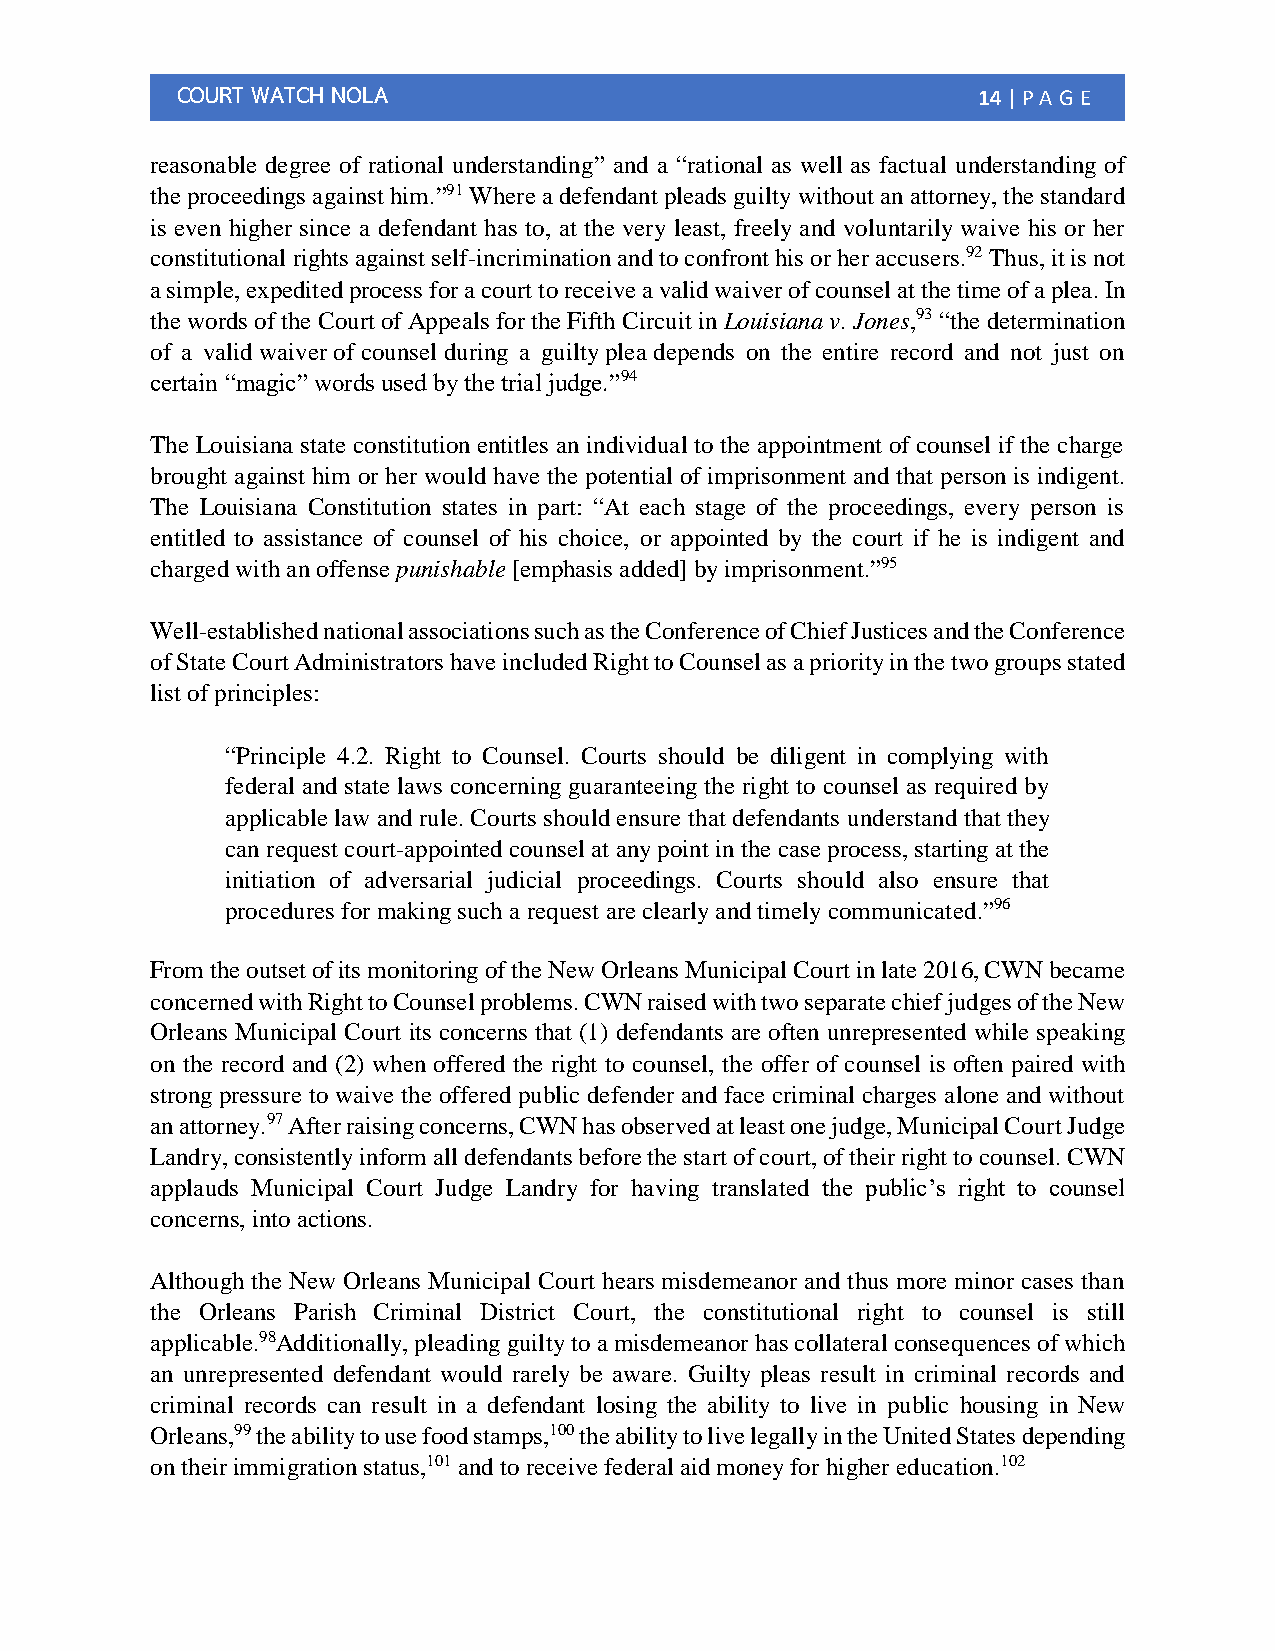
COURT WATCH NOLA                                     14 | PA G E
 reasonable degree of rational understanding” and a “rational as well as factual understanding of
 the proceedings against him.”91 Where a defendant pleads guilty without an attorney, the standard
 is even higher since a defendant has to, at the very least, freely and voluntarily waive his or her
 constitutional rights against self-incrimination and to confront his or her accusers.92 Thus, it is not
 a simple, expedited process for a court to receive a valid waiver of counsel at the time of a plea. In
 the words of the Court of Appeals for the Fifth Circuit in Louisiana v. Jones,93 “the determination
 of a valid waiver of counsel during a guilty plea depends on the entire record and not just on
 certain “magic” words used by the trial judge.”94
 The Louisiana state constitution entitles an individual to the appointment of counsel if the charge
 brought against him or her would have the potential of imprisonment and that person is indigent.
 The Louisiana Constitution states in part: “At each stage of the proceedings, every person is
 entitled to assistance of counsel of his choice, or appointed by the court if he is indigent and
 charged with an offense punishable [emphasis added] by imprisonment.”95
 Well-established national associations such as the Conference of Chief Justices and the Conference
 of State Court Administrators have included Right to Counsel as a priority in the two groups stated
 list of principles:
 “Principle 4.2. Right to Counsel. Courts should be diligent in complying with
 federal and state laws concerning guaranteeing the right to counsel as required by
 applicable law and rule. Courts should ensure that defendants understand that they
 can request court-appointed counsel at any point in the case process, starting at the
 initiation of adversarial judicial proceedings. Courts should also ensure that
 procedures for making such a request are clearly and timely communicated.”96
 From the outset of its monitoring of the New Orleans Municipal Court in late 2016, CWN became
 concerned with Right to Counsel problems. CWN raised with two separate chief judges of the New
 Orleans Municipal Court its concerns that (1) defendants are often unrepresented while speaking
 on the record and (2) when offered the right to counsel, the offer of counsel is often paired with
 strong pressure to waive the offered public defender and face criminal charges alone and without
 an attorney.97 After raising concerns, CWN has observed at least one judge, Municipal Court Judge
 Landry, consistently inform all defendants before the start of court, of their right to counsel. CWN
 applauds Municipal Court Judge Landry for having translated the public’s right to counsel
 concerns, into actions.
 Although the New Orleans Municipal Court hears misdemeanor and thus more minor cases than
 the Orleans Parish Criminal District Court, the constitutional right to counsel is still
 applicable.98Additionally, pleading guilty to a misdemeanor has collateral consequences of which
 an unrepresented defendant would rarely be aware. Guilty pleas result in criminal records and
 criminal records can result in a defendant losing the ability to live in public housing in New
 Orleans,99 the ability to use food stamps,100 the ability to live legally in the United States depending
 on their immigration status,101 and to receive federal aid money for higher education.102